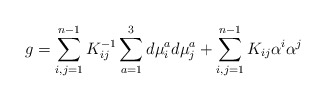
\begin{align*}g =\sum_{i,j = 1}^{n-1} K_{ij}^{-1} \sum_{a=1}^3 d\mu_i^a d\mu_j^a +\sum_{i,j=1}^{n-1} K_{ij} \alpha^i \alpha^j \end{align*}